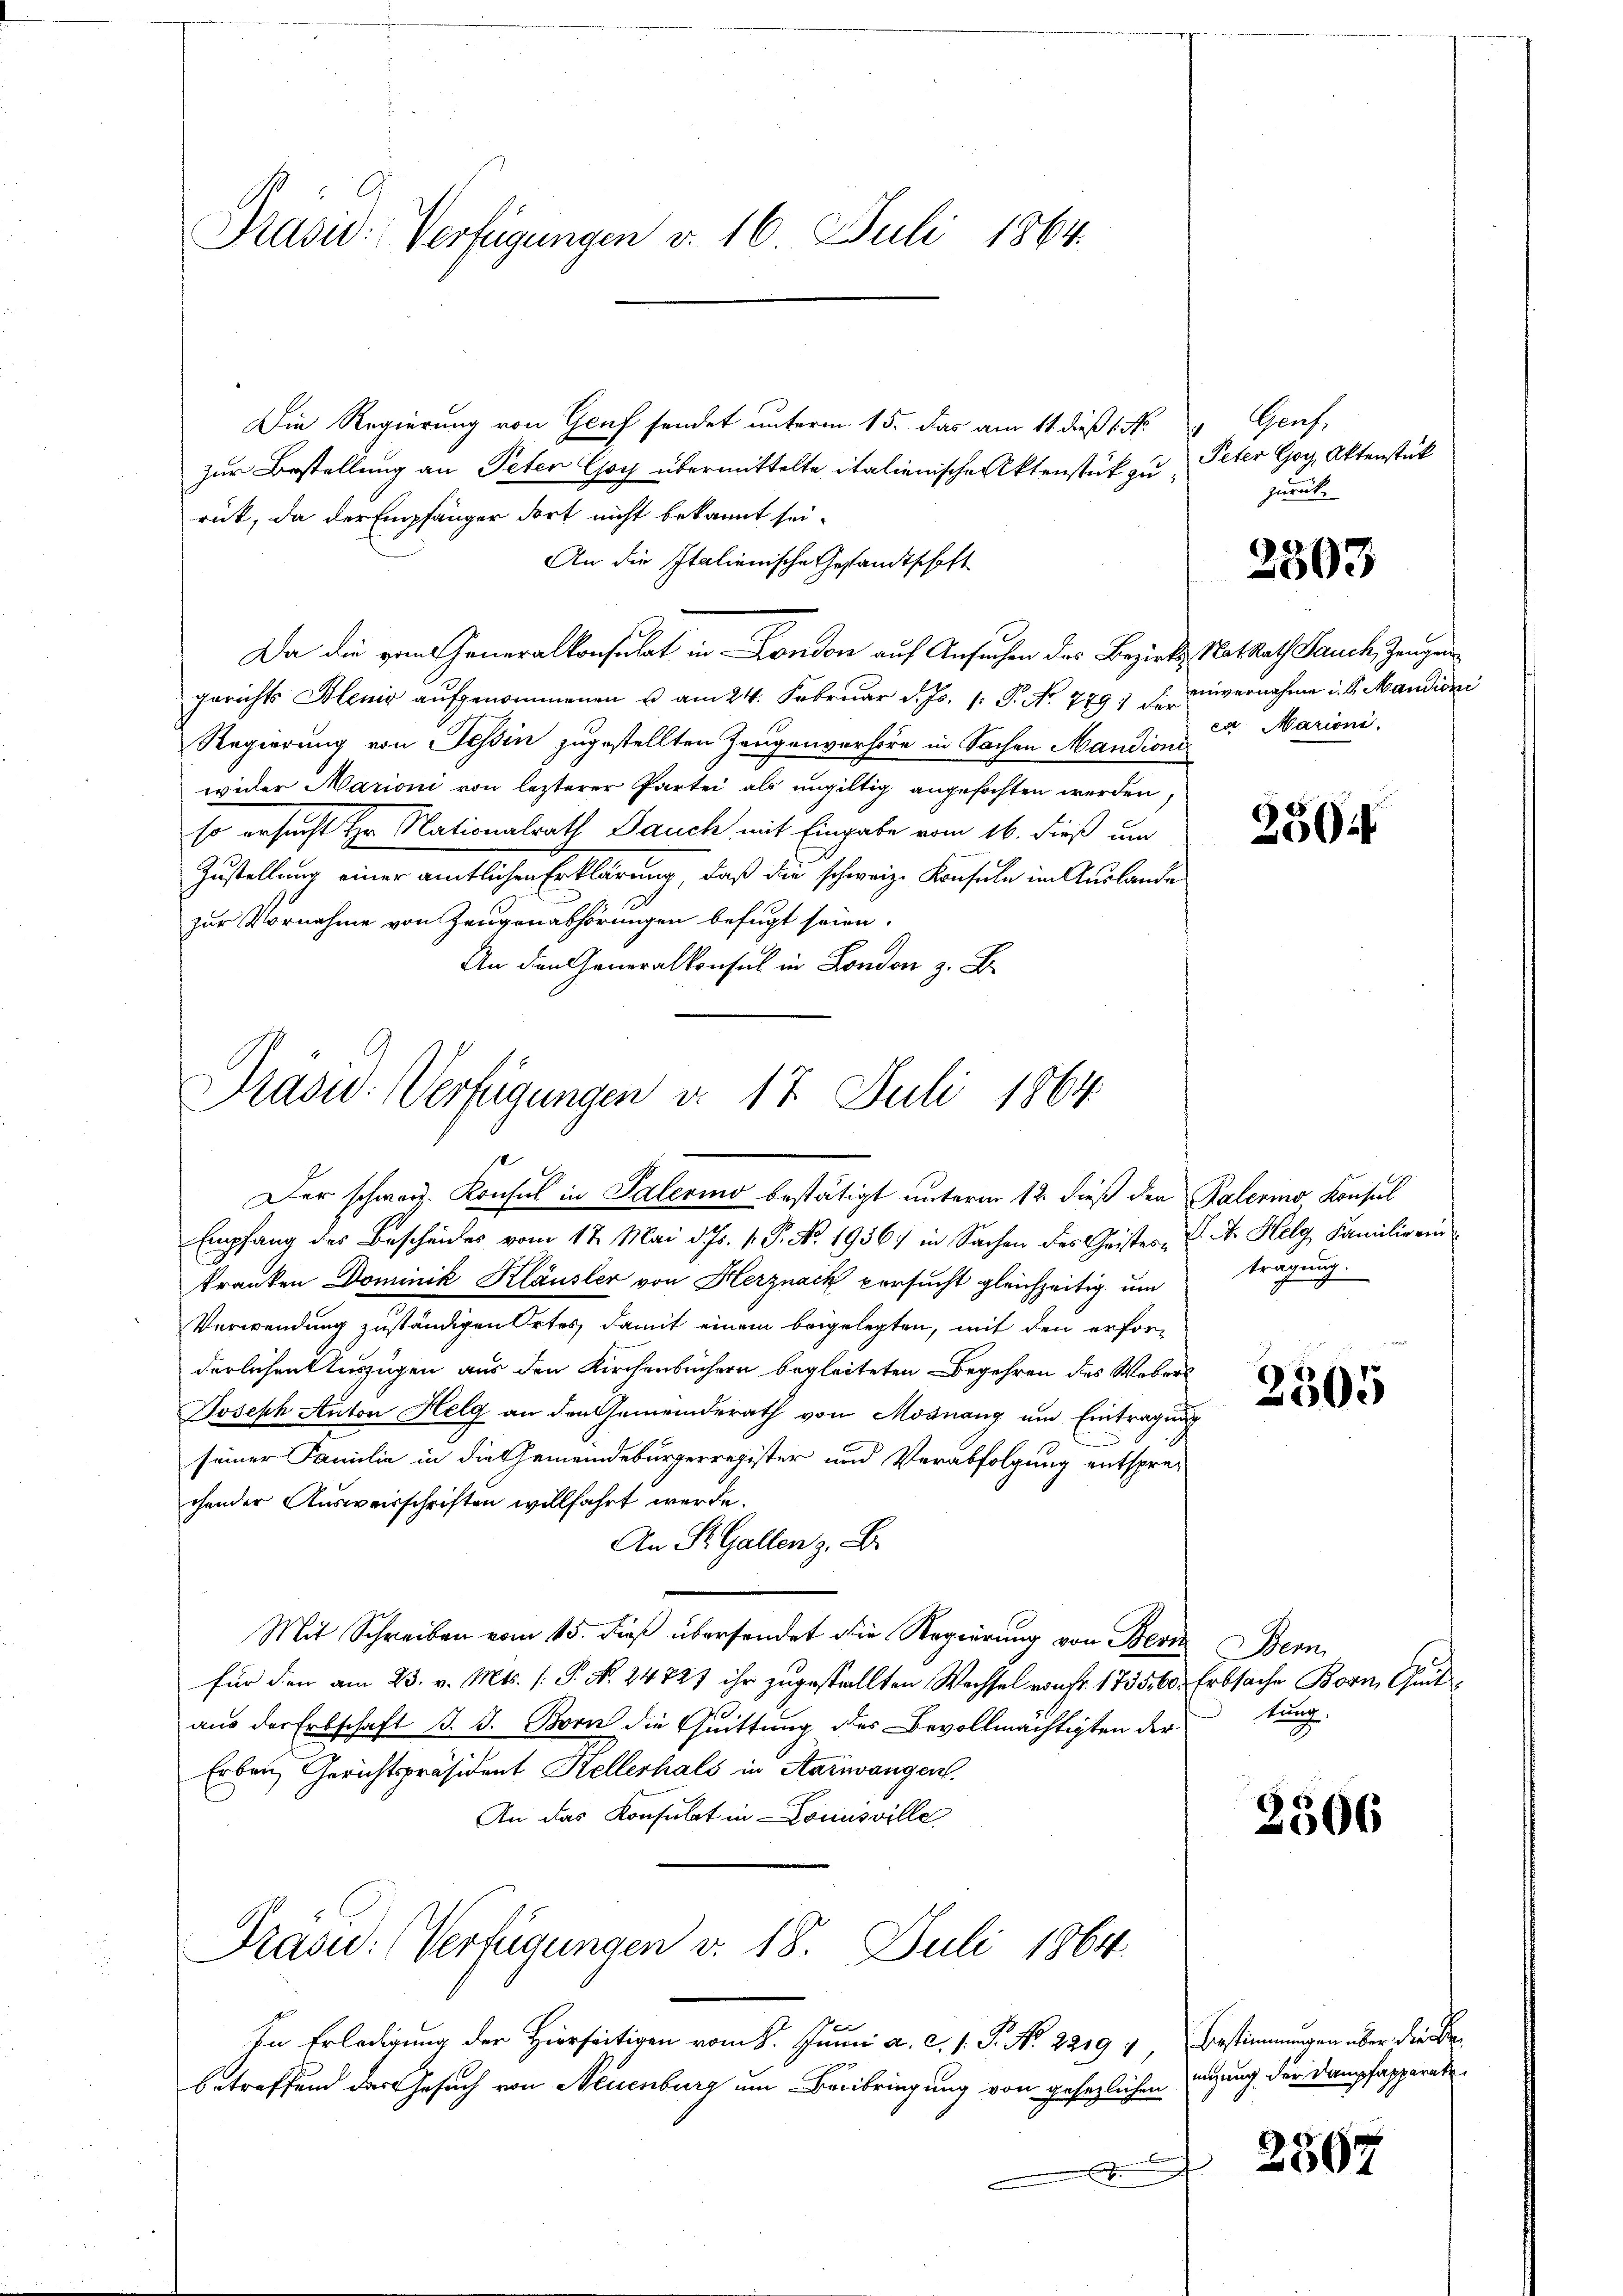
Präsid: Verfügungen v. 16. Juli 1864.

Die Regierung von Genf sendet unterm 15. das am 11. dieß 1 Nr.
zur Bestellung an Peter Choy übermittelte italienische Aktenstück zu Peter Goy, Aktenstück
rut, da der Empfänger dort nicht bekannt sei.
An die Italienische Gesandtschaft
Da die vom Generalkonsulat in London auf Ansuchen des Bezirks Nat Rath Jauch, Zeugen
gerichts Blenis aŭfgenommenen u am 24. Februar d. Js. 1. P. Nr. 779 der unvernahme u. s. Mandioni
Regierung von Tessin zugestellten Zeugenverhöre in Sachen Mandioni
wider Marioni von lezterer Partei als ungültig angefochten werden,
so ersucht Hr. Nationalrath Bauch mit Eingabe vom 16. dieß um
Zustellung einer amtlichen Erklärung, daß die schweiz. Konsule im Auslande
zur Vornahme von Zeugenabhörungen befugt seien.
An den Generalkonsul in London z. B.

Prasid. Verfügungen d. 17 Juli 1864.

Der schwerz. Konsul in Palerino bestätigt unterm 12. dieß den Palermo, Konsul
Empfang des Bescheides vom 17. Mai d. Js. 1. P. No. 1936) in Sachen des Geister K. A. Helg Familie ein
kranken Dominik Kläusler von Herznack versucht gleichzeitig um
Verwendung zuständigen Ortes damit einem beigelegten, mit den erforderlichen Auszügen aus den Kirchenbüchern begleiteten Begehren des Webers
Joseph Anton Helg an den Gemeinderath von Mosnang um Eintragung
seiner Familie in die Gemeindebürgerregister und Verabfolgung entsprechender Ausweisschriften willfahrt werde.
An St. Gallen z. B.
Mit Schreiben vom 15. dieß übersendet die Regierung von Bern Bern,
für den am 23. v. Mts. (: P. N. 24727 ihr zugestellten Wechsel von Fr. 1735,60 Erbsache Born, Gut
aus der Erbschaft d. J. Born die Quittung des Bevollmächtigten der
Erben Gerichtspräsident Kellerhals in Aarwangen.
An das Konsulat in Louisville,
Präsid. Verfügungen v. 18. Juli 1864.
.
In Erledigung der Hierseitigen vom 8. Junii a. c. 1. P. No. 22194, Bestimmungen über die Bebetreffend der Gesuch von Neuenburg um Beibringung von gesezlichen Zuzung der Dampfapparate
.

Genf.
zurück.

2503

ea Marioni,

250:

tragung.

2505

kung,

2306

2567